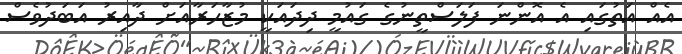
އެއް އަތުގައި އެ އޮންނަ ފަލަސްތީނުގެ ގައުމީ ދިދައަކީ މުޒާހަރާއަށް ދާއިރު އަބަދުވެސް